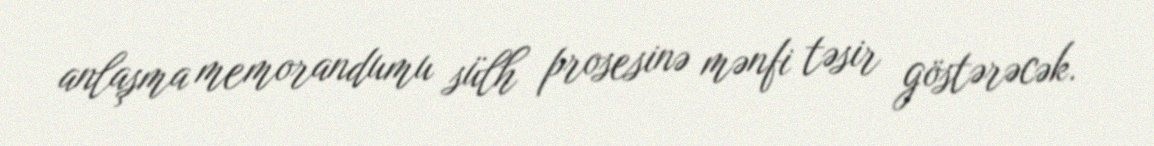
anlaşma memorandumu sülh prosesinə mənfi təsir göstərəcək.